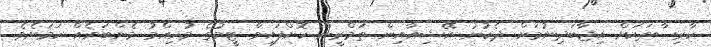
ކާރިސާތަކަށް އިޖާބަދިނުމަށް ދެކުނު އޭޝިއާއިން ތަމްރީން ކޮށްފައިވާ ޓީމުގެ މުހިއްމު މެންބަރެއް ކަމަށެވެ.